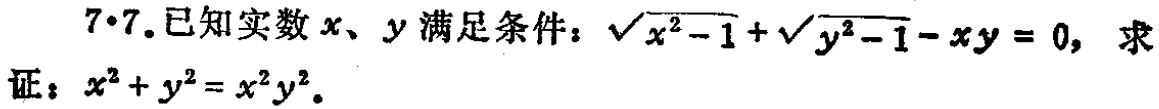
7.7.已知实数\(x\)、\(y\)满足条件：\(\sqrt{x^{2}-1}+\sqrt{y^{2}-1}-xy = 0\)，求证：\(x^{2}+y^{2}=x^{2}y^{2}\)。